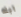
ابله